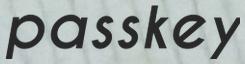
passkey